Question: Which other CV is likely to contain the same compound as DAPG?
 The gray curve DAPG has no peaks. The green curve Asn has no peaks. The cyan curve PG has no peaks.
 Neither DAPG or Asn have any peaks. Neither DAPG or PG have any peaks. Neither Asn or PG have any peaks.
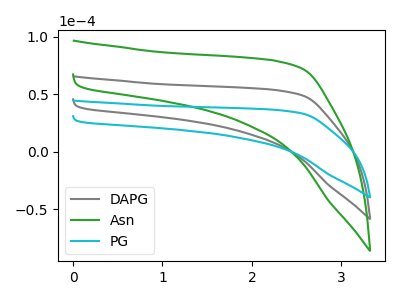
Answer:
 <answer>"DAPG" and "Asn" have a similar shape to "PG".</answer>
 <eval>"DAPG" "Asn"</eval>